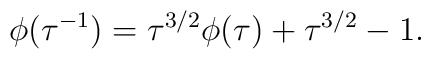
\phi (\tau^{-1}) = \tau^{3/2} \phi (\tau) + \tau^{3/2} - 1.